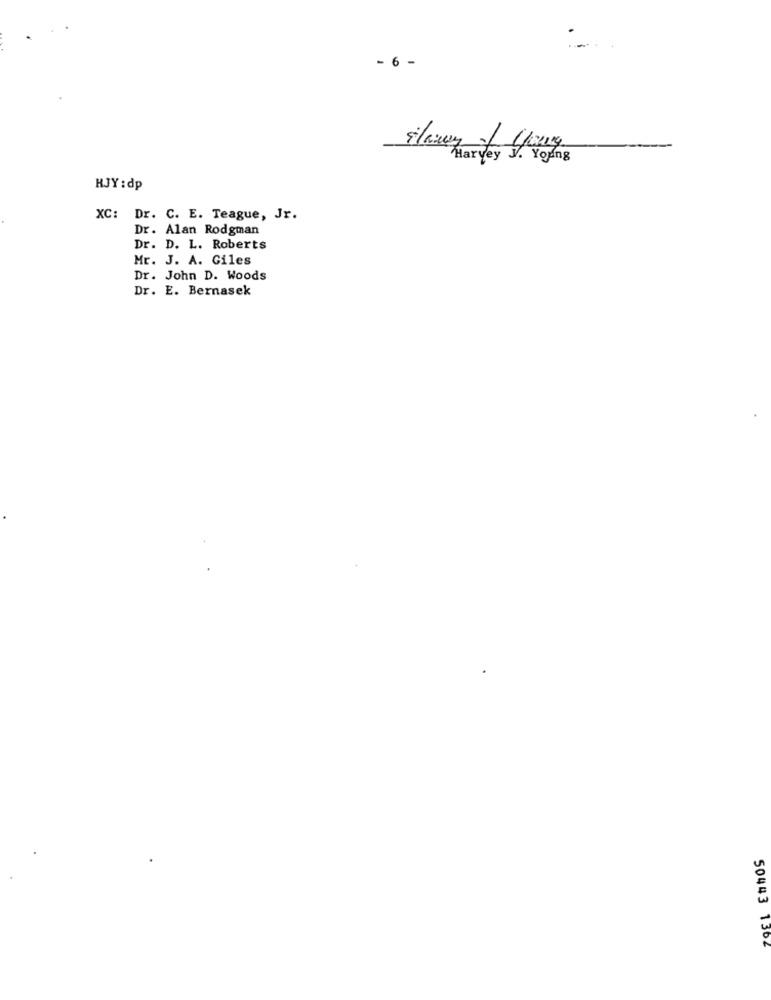
- 6 -
ilany of young
Harvey J. Young
HJY : dp
XC: Dr. C. E. Teague, Jr.
Dr. Alan Rodgman
Dr. D. L. Roberts
Mr. J. A. Giles
Dr. John D. Woods
Dr. E. Bernasek
50443 1364